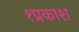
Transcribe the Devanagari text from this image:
१प्रकाश